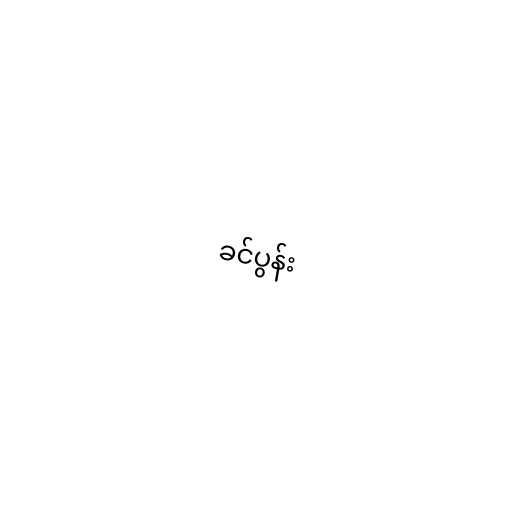
ခင်ပွန်း